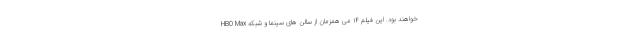
خواهند بود. این فیلم ۱۴ می همزمان از سالن های سینما و شبکه HBO Max